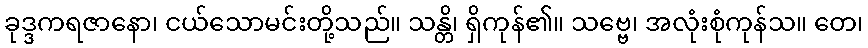
ခုဒ္ဒကရဇာနော၊ ငယ်သောမင်းတို့သည်။ သန္တိ၊ ရှိကုန်၏။ သဗ္ဗေ၊ အလုံးစုံကုန်သ။ တေ၊